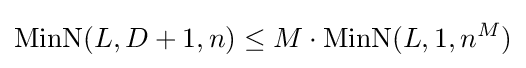
\operatorname {MinN} (L,D+1,n)\leq M\cdot \operatorname {MinN} (L,1,n^{M})